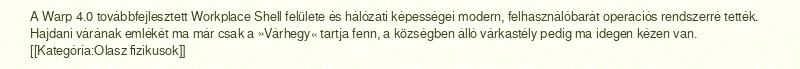
A Warp 4.0 továbbfejlesztett Workplace Shell felülete és hálózati képességei modern, felhasználóbarát operációs rendszerré tették. Hajdani várának emlékét ma már csak a »Várhegy« tartja fenn, a községben álló várkastély pedig ma idegen kézen van. [[Kategória:Olasz fizikusok]]